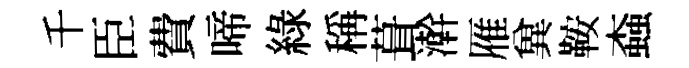
千臣費啼綠稱葺澣雁兾鞍螙